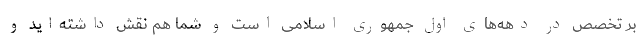
بر تخصص در دهه‌های اول جمهوری اسلامی است و شما هم نقش داشته‌اید و